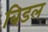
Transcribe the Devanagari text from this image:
बिडल